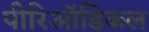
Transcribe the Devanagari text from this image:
पीरिऑडिकल